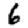
Digit: 6